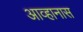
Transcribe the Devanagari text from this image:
आव्हानास